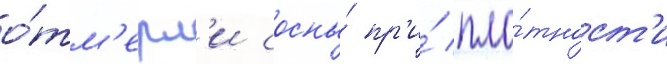
о́тм'ерл'и сосны́ пр'и́ пло́тност'и